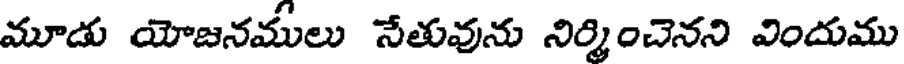
మూడు యోజనములు నేతువును నిర్మించెనని విందుము